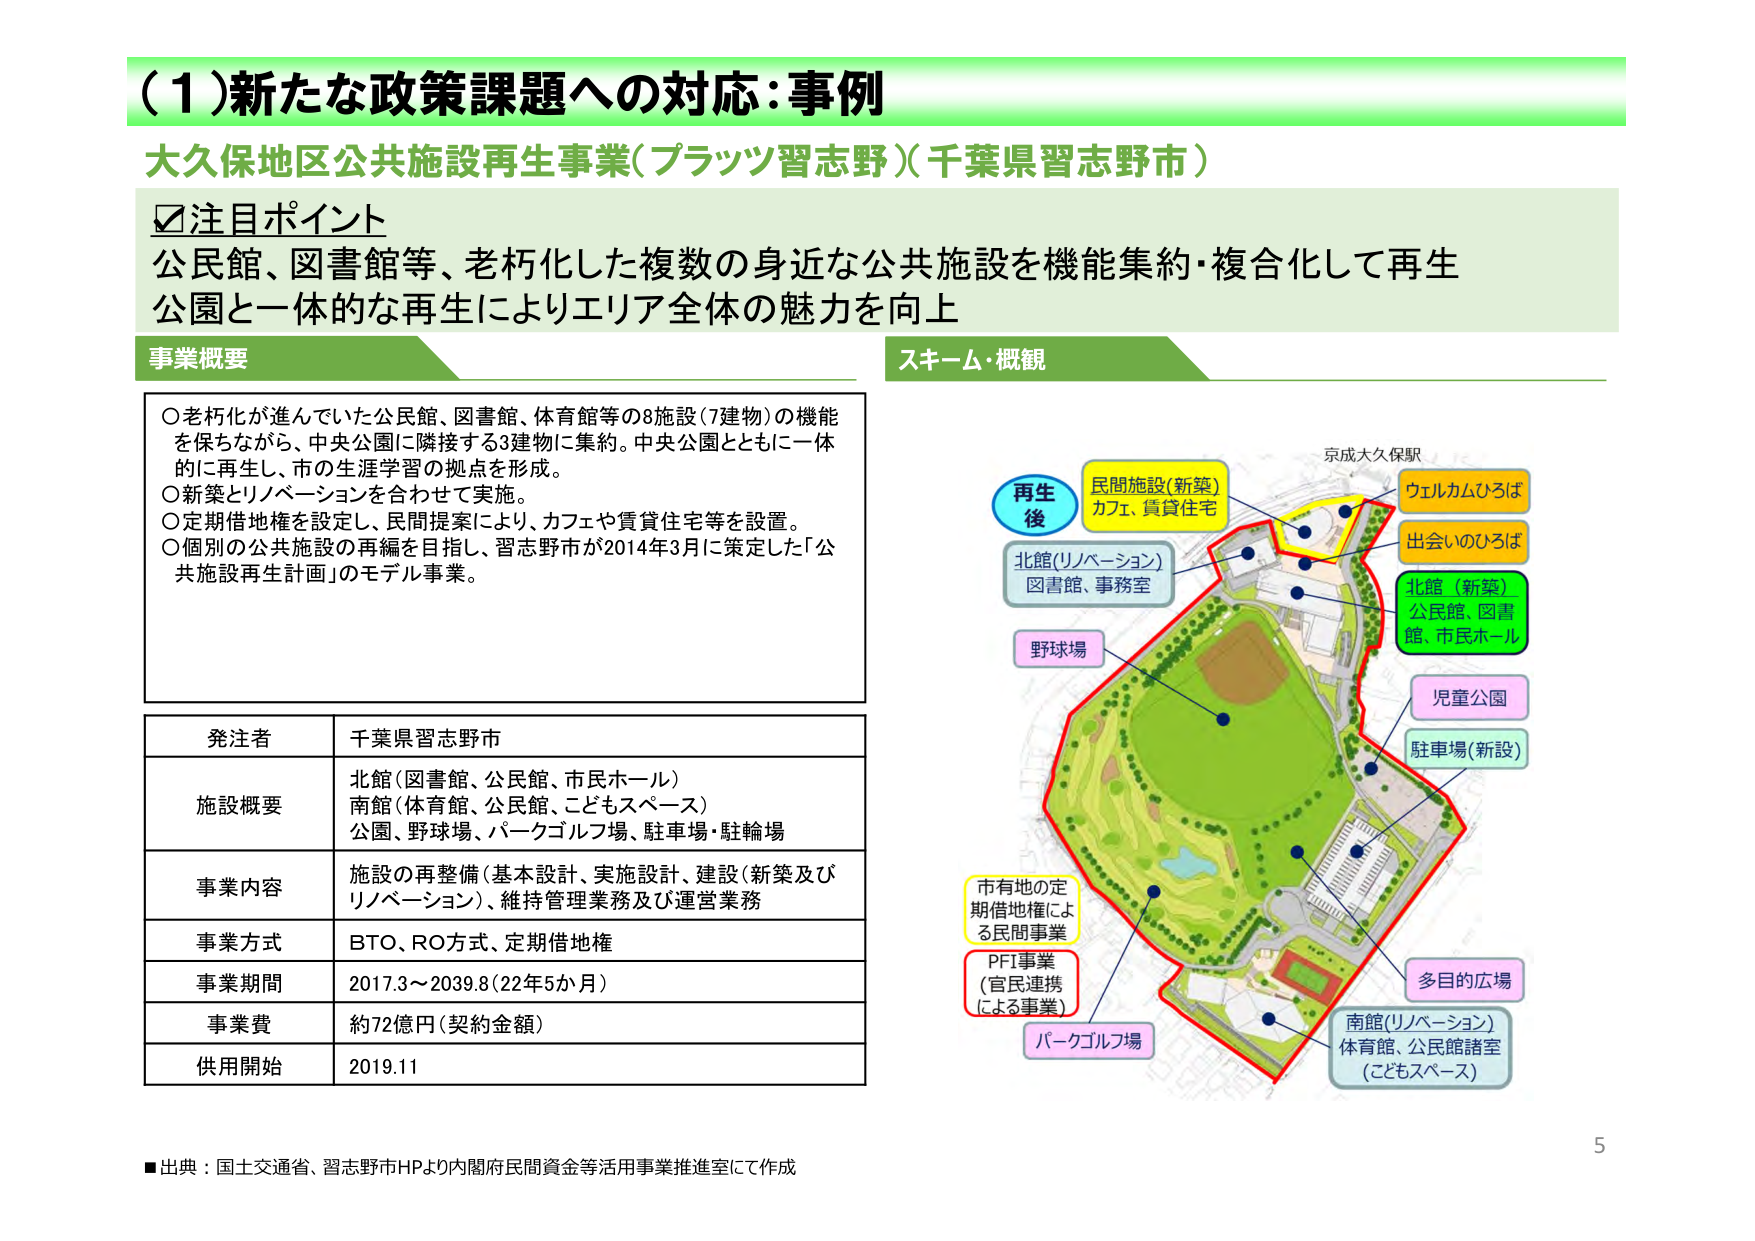
（１）新たな政策課題への対応：事例
大久保地区公共施設再生事業（プラッツ習志野）（千葉県習志野市）

☑注目ポイント
公民館、図書館等、老朽化した複数の身近な公共施設を機能集約・複合化して再生
公園と一体的な再生によりエリア全体の魅力を向上

事業概要
○老朽化が進んでいた公民館、図書館、体育館等の8施設（7建物）の機能を保ちながら、中央公園に隣接する3建物に集約。中央公園とともに一体的に再生し、市の生涯学習の拠点を形成。
○新築とリノベーションを合わせて実施。
○定期借地権を設定し、民間提案により、カフェや賃貸住宅等を設置。
○個別の公共施設の再編を目指し、習志野市が2014年3月に策定した「公共施設再生計画」のモデル事業。

発注者 千葉県習志野市
施設概要 北館（図書館、公民館、市民ホール）
　　　　　南館（体育館、公民館、こどもスペース）
　　　　　公園、野球場、パークゴルフ場、駐車場・駐輪場
事業内容 施設の再整備（基本設計、実施設計、建設（新築及びリノベーション）、維持管理業務及び運営業務
事業方式 BTO、RO方式、定期借地権
事業期間 2017.3～2039.8（22年5か月）
事業費 約72億円（契約金額）
供用開始 2019.11

スキーム・概観
再生後
民間施設（新築）
カフェ、賃貸住宅
北館（リノベーション）
図書館、事務室
野球場
市有地の定期借地権による民間事業
PFI事業（官民連携による事業）
パークゴルフ場
南館（リノベーション）
体育館、公民館諸室（こどもスペース）
多目的広場
駐車場（新設）
児童公園
北館（新築）
公民館、図書館、市民ホール
出会いのひろば
ウェルカムひろば
京成大久保駅

■出典：国土交通省、習志野市HPより内閣府民間資金等活用事業推進室にて作成
5